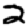
Digit: 2